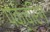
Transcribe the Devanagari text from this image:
पंक्चरिंग